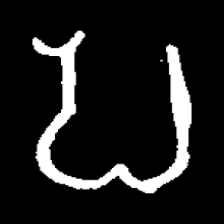
Pyu character \u2014 Myanmar letter: ပ (romanized: pa)